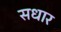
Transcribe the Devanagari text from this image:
सधार